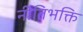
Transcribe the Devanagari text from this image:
नीतिभक्ति